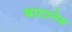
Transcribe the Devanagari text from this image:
वाटानेब